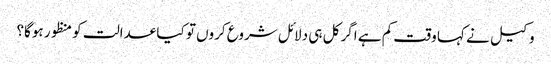
وکیل نے کہا وقت کم ہے اگر کل ہی دلائل شروع کروں تو کیا عدالت کو منظور ہوگا؟